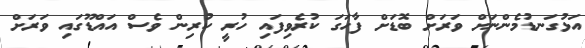
އަޅުގަނޑުމެންނަށް ވަރަށް ބޮޑަށް ފާހަގަ ކުރެވިފައި ހުރީ ކުރިން ވެސް އައްޑޫގައި ވަރަށް